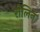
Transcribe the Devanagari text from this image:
रोलिन